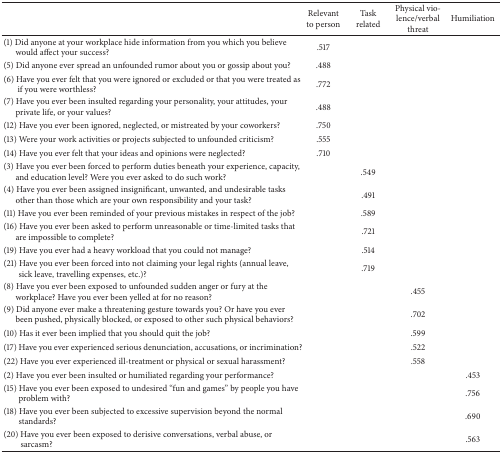
<table><thead><tr><td><b> </b></td><td><b>Relevant to person</b></td><td><b>Task related</b></td><td><b>Physical violence/verbal threat</b></td><td><b>Humiliation</b></td></tr></thead><tbody><tr><td>(1) Did anyone at your workplace hide information from you which you believe would affect your success?</td><td>.517</td><td> </td><td> </td><td> </td></tr><tr><td>(5) Did anyone ever spread an unfounded rumor about you or gossip about you?</td><td>.488</td><td> </td><td> </td><td> </td></tr><tr><td>(6) Have you ever felt that you were ignored or excluded or that you were treated as if you were worthless?</td><td>.772</td><td> </td><td> </td><td> </td></tr><tr><td>(7) Have you ever been insulted regarding your personality, your attitudes, your private life, or your values?</td><td>.488</td><td> </td><td> </td><td> </td></tr><tr><td>(12) Have you ever been ignored, neglected, or mistreated by your coworkers?</td><td>.750</td><td> </td><td> </td><td> </td></tr><tr><td>(13) Were your work activities or projects subjected to unfounded criticism?</td><td>.555</td><td> </td><td> </td><td> </td></tr><tr><td>(14) Have you ever felt that your ideas and opinions were neglected?</td><td>.710</td><td> </td><td> </td><td> </td></tr><tr><td>(3) Have you ever been forced to perform duties beneath your experience, capacity, and education level? Were you ever asked to do such work?</td><td> </td><td>.549</td><td> </td><td> </td></tr><tr><td>(4) Have you ever been assigned insignificant, unwanted, and undesirable tasks other than those which are your own responsibility and your task?</td><td> </td><td>.491</td><td> </td><td> </td></tr><tr><td>(11) Have you ever been reminded of your previous mistakes in respect of the job?</td><td> </td><td>.589</td><td> </td><td> </td></tr><tr><td>(16) Have you ever been asked to perform unreasonable or time-limited tasks that are impossible to complete?</td><td> </td><td>.721</td><td> </td><td> </td></tr><tr><td>(19) Have you ever had a heavy workload that you could not manage?</td><td> </td><td>.514</td><td> </td><td> </td></tr><tr><td>(21) Have you ever been forced into not claiming your legal rights (annual leave, sick leave, travelling expenses, etc.)?</td><td> </td><td>.719</td><td> </td><td> </td></tr><tr><td>(8) Have you ever been exposed to unfounded sudden anger or fury at the workplace? Have you ever been yelled at for no reason?</td><td> </td><td> </td><td>.455</td><td> </td></tr><tr><td>(9) Did anyone ever make a threatening gesture towards you? Or have you ever been pushed, physically blocked, or exposed to other such physical behaviors?</td><td> </td><td> </td><td>.702</td><td> </td></tr><tr><td>(10) Has it ever been implied that you should quit the job?</td><td> </td><td> </td><td>.599</td><td> </td></tr><tr><td>(17) Have you ever experienced serious denunciation, accusations, or incrimination?</td><td> </td><td> </td><td>.522</td><td> </td></tr><tr><td>(22) Have you ever experienced ill-treatment or physical or sexual harassment?</td><td> </td><td> </td><td>.558</td><td> </td></tr><tr><td>(2) Have you ever been insulted or humiliated regarding your performance?</td><td> </td><td> </td><td> </td><td>.453</td></tr><tr><td>(15) Have you ever been exposed to undesired “fun and games” by people you have problem with?</td><td> </td><td> </td><td> </td><td>.756</td></tr><tr><td>(18) Have you ever been subjected to excessive supervision beyond the normal standards?</td><td> </td><td> </td><td> </td><td>.690</td></tr><tr><td>(20) Have you ever been exposed to derisive conversations, verbal abuse, or sarcasm?</td><td> </td><td> </td><td> </td><td>.563</td></tr></tbody></table>